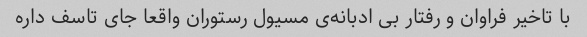
با تاخیر فراوان و رفتار بی ادبانه‌ی مسیول رستوران واقعا جای تاسف داره